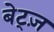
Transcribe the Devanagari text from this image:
बेट्ज़